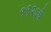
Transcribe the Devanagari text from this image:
१९२६चे